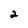
Character: 2